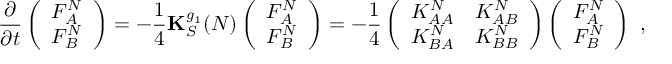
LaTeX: { \frac { \partial } { \partial t } } \left( \begin{array} { c } { { F _ { A } ^ { N } } } \\ { { { F _ { B } ^ { N } } } } \end{array} \right) = - { \frac { 1 } { 4 } } { \bf K } _ { S } ^ { g _ { 1 } } ( N ) \left( \begin{array} { c } { { F _ { A } ^ { N } } } \\ { { { F _ { B } ^ { N } } } } \end{array} \right) = - { \frac { 1 } { 4 } } \left( \begin{array} { c c } { { K _ { A A } ^ { N } } } & { { K _ { A B } ^ { N } } } \\ { { K _ { B A } ^ { N } } } & { { K _ { B B } ^ { N } } } \end{array} \right) \left( \begin{array} { c } { { F _ { A } ^ { N } } } \\ { { { F _ { B } ^ { N } } } } \end{array} \right) ~ ,